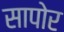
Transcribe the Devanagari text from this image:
सापोर